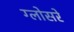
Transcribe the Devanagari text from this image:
ग्लोसरे